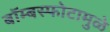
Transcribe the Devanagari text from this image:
बॉम्बस्फोटामुळे